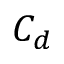
C _ { d }